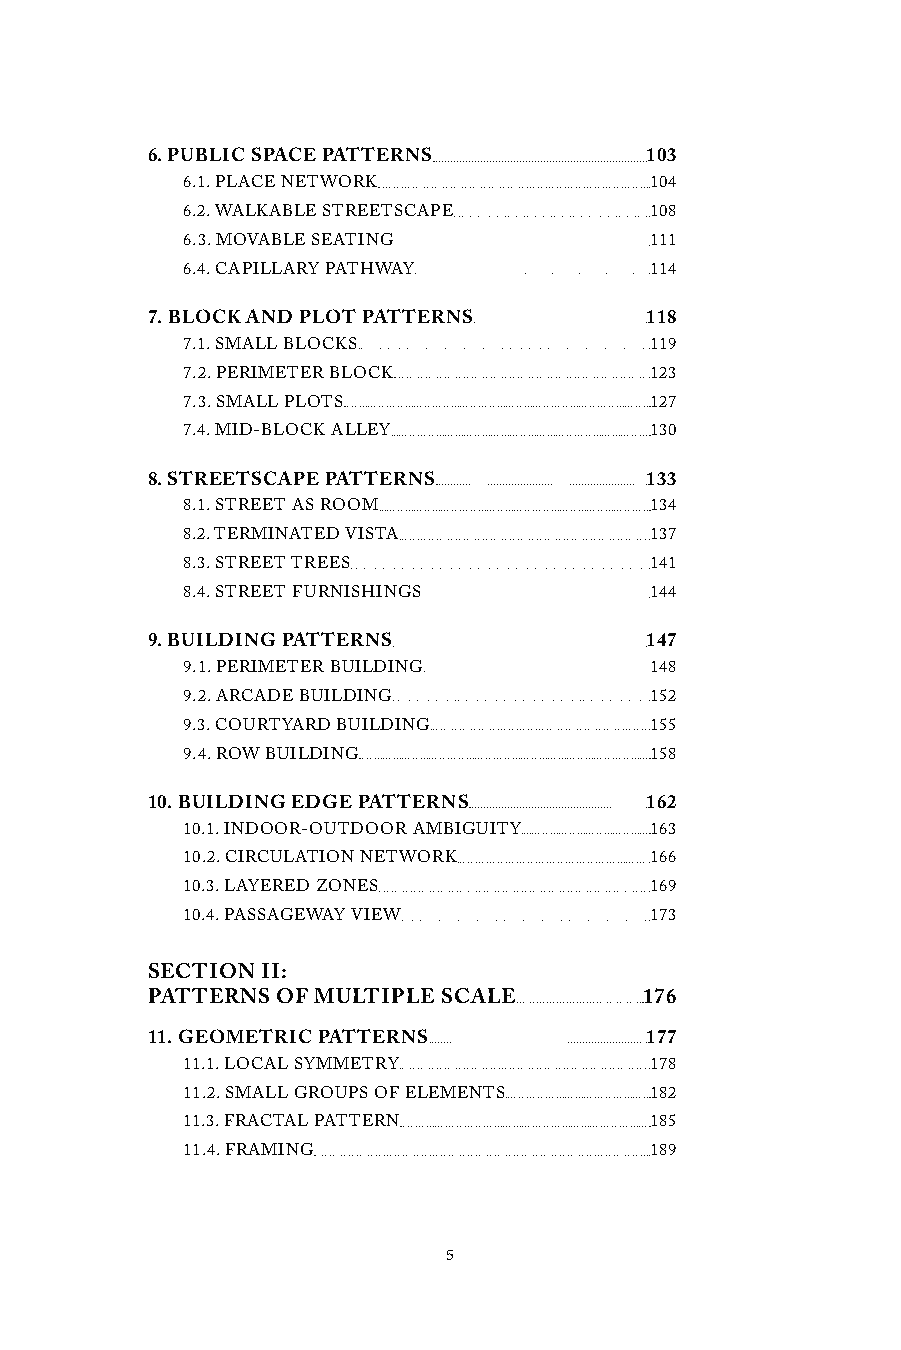
6. PUBLIC SPACE PATTERNS         103
 6.1. PLACE NETWORK             104
 6.2. WALKABLE STREETSCAPE      108
 6.3. MOVABLE SEATING           111
 6.4. CAPILLARY PATHWAY         114
 7. BLOCK AND PLOT PATTERNS       118
 7.1. SMALL BLOCKS              119
 7.2. PERIMETER BLOCK           123
 7.3. SMALL PLOTS               127
 7.4. MID-BLOCK ALLEY           130
 8. STREETSCAPE PATTERNS          133
 8.1. STREET AS ROOM            134
 8.2. TERMINATED VISTA          137
 8.3. STREET TREES              141
 8.4. STREET FURNISHINGS        144
 9. BUILDING PATTERNS             147
 9.1. PERIMETER BUILDING        148
 9.2. ARCADE BUILDING           152
 9.3. COURTYARD BUILDING        155
 9.4. ROW BUILDING              158
 10. BUILDING EDGE PATTERNS       162
 10.1. INDOOR-OUTDOOR AMBIGUITY 163
 10.2. CIRCULATION NETWORK      166
 10.3. LAYERED ZONES            169
 10.4. PASSAGEWAY VIEW          173
 SECTION II:
 PATTERNS OF MULTIPLE SCALE       176
 11. GEOMETRIC PATTERNS           177
 11.1. LOCAL SYMMETRY           178
 11.2. SMALL GROUPS OF ELEMENTS 182
 11.3. FRACTAL PATTERN          185
 11.4. FRAMING                  189
 5